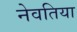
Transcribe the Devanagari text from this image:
नेवतिया